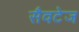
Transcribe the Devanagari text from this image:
सैवटेज